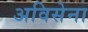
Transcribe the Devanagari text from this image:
अविसेना